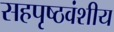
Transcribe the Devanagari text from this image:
सहपृष्ठवंशीय